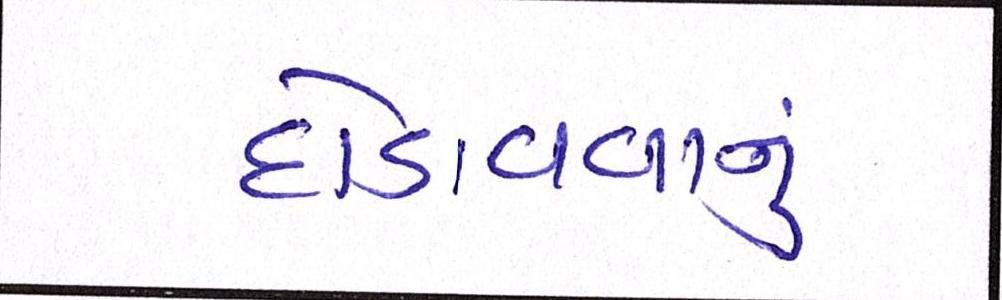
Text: દોડાવવાનું